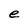
Character: e